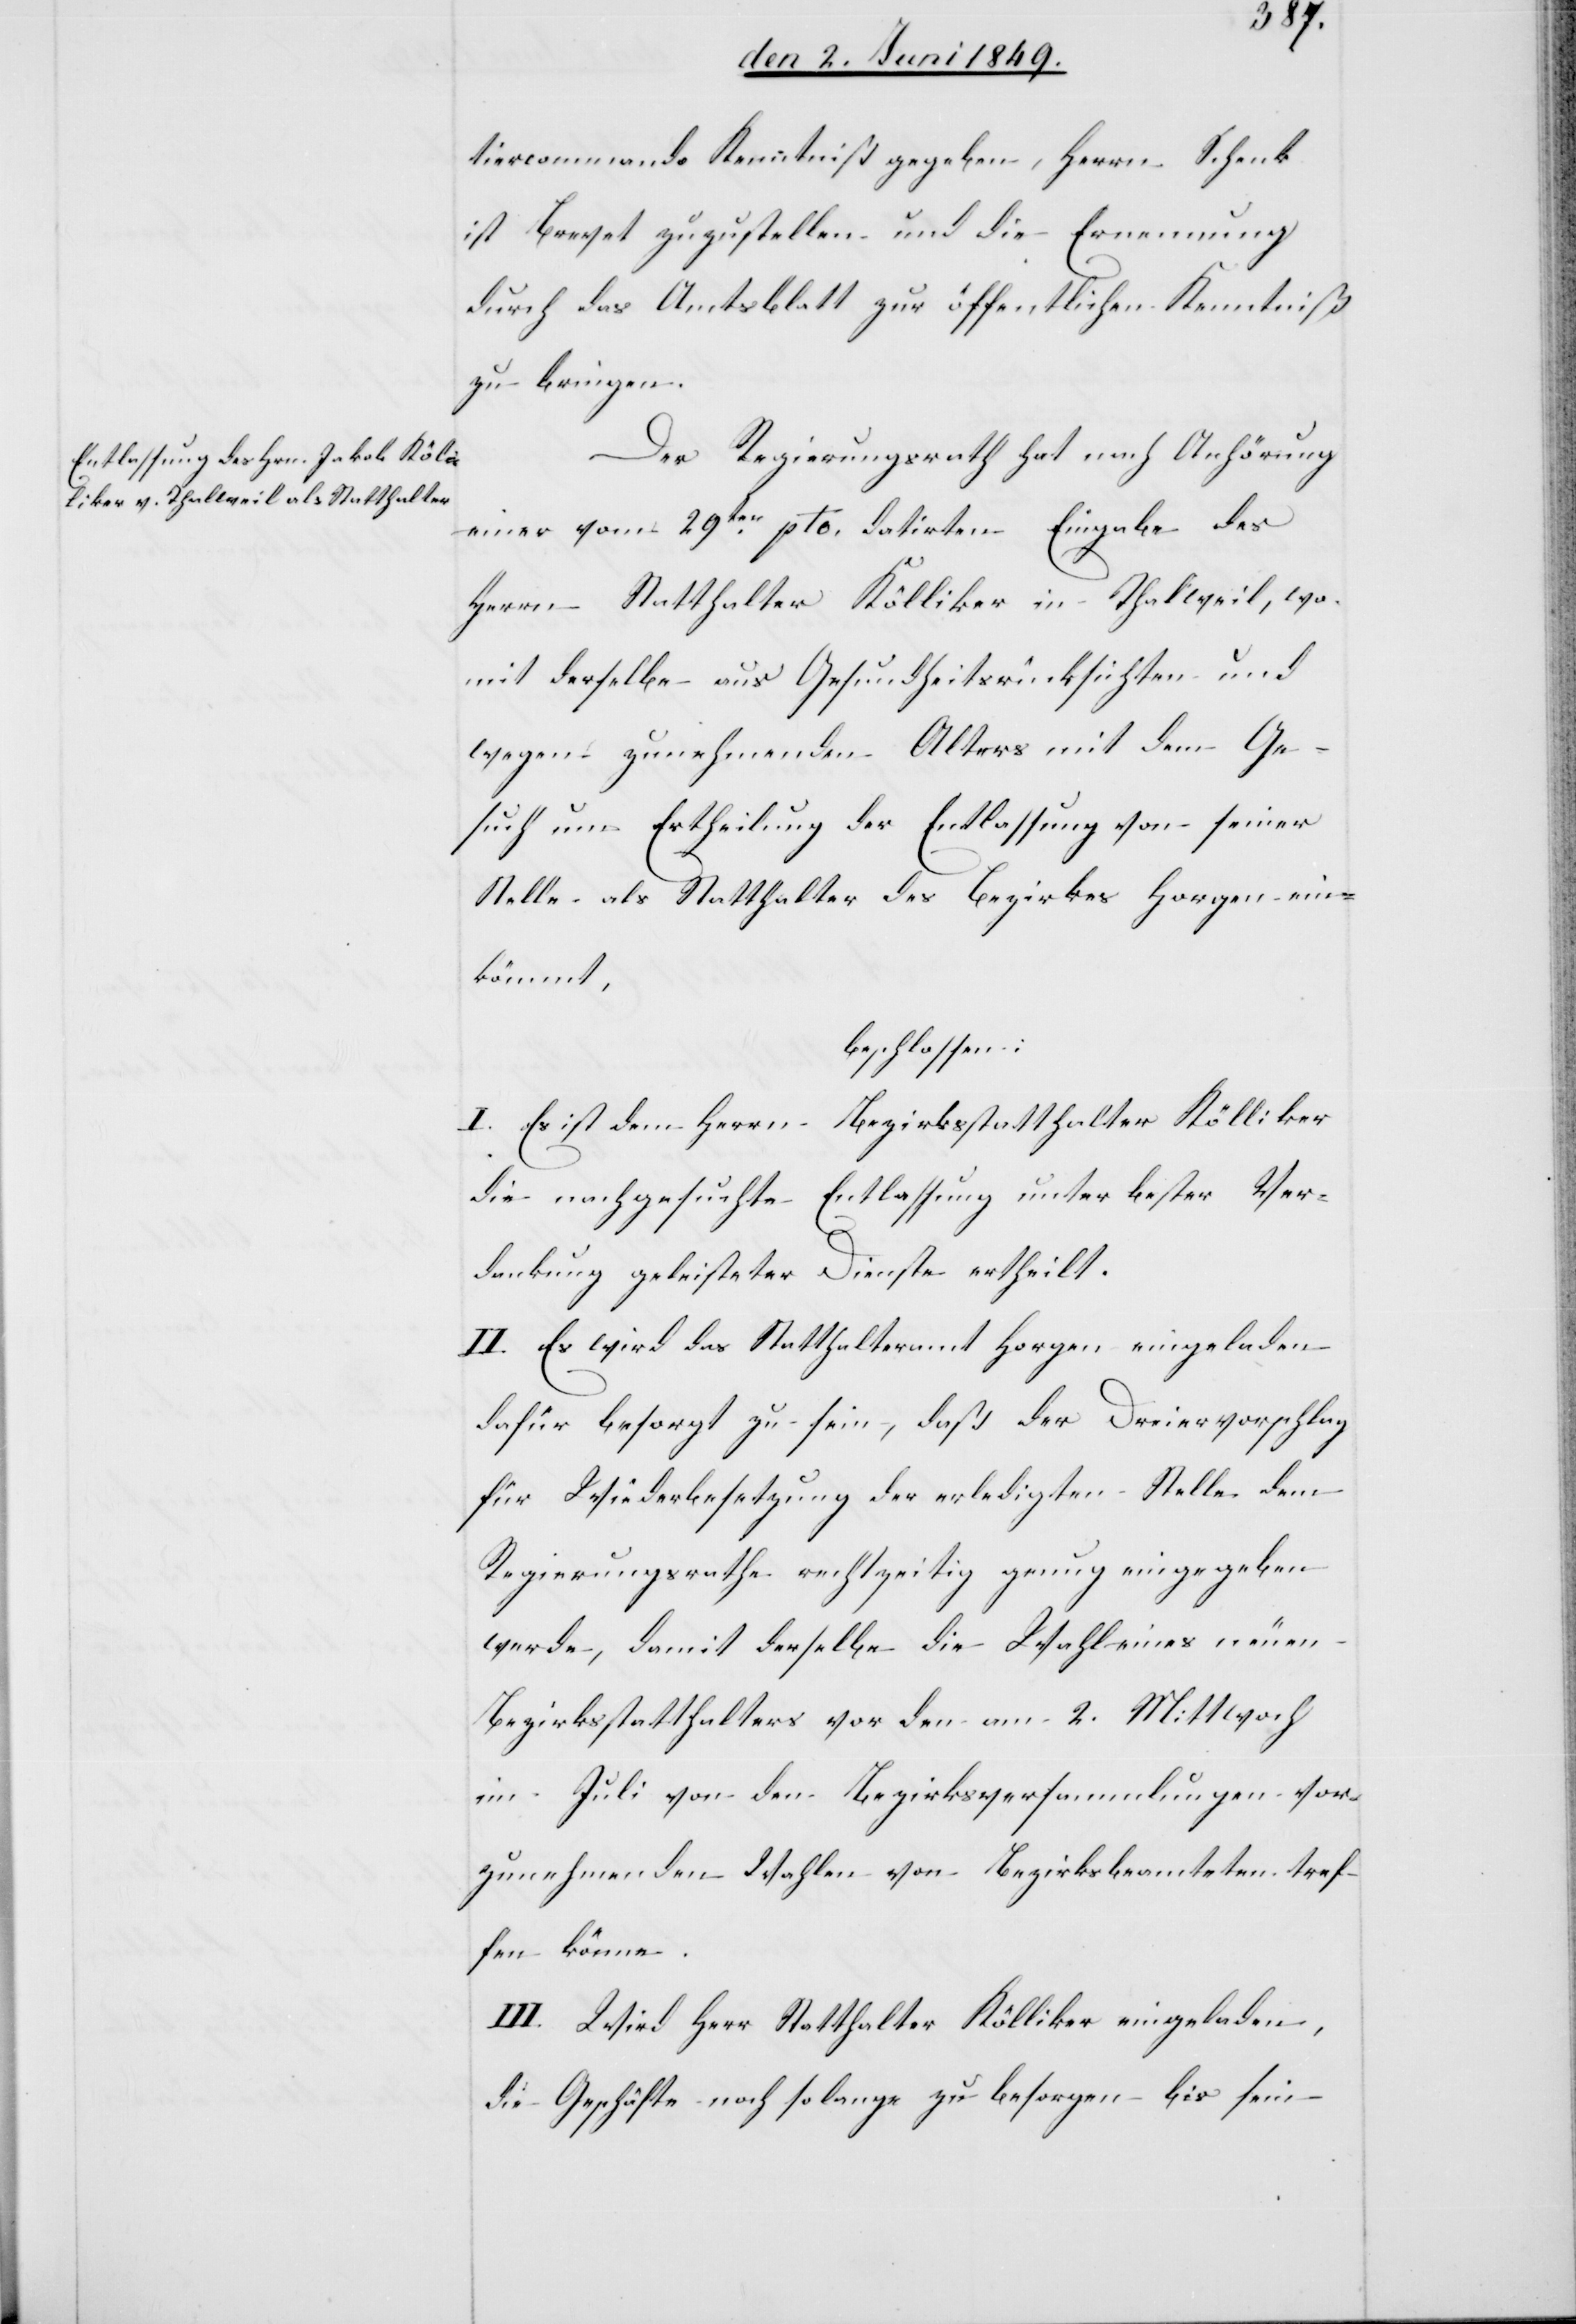
tiercommando Kenntniß gegeben, Herrn Schenk
ist Brevet zuzustellen und die Ernennung
durch das Amtsblatt zur öffentlichen Kenntniß
zu bringen.
Der Regierungsrath hat nach Anhörung
einer vom 29ten pto. datirten Eingabe des
Herrn Statthalter Kölliker in Thalweil, wo¬
mit derselbe aus Gesundheitsrücksichten und
wegen zunehmenden Alters mit dem Ge¬
such um Ertheilung der Entlassung von seiner
Stelle als Statthalter des Bezirkes Horgen ein¬
kömmt,
beschlossen:
I. Es ist dem Herrn Bezirksstatthalter Kölliker
die nachgesuchte Entlassung unter bester Ver¬
dankung geleisteter Dienste ertheilt.
II. Es wird das Statthalteramt Horgen eingeladen
dafür besorgt zu sein, daß der Dreiervorschlag
für Wiederbesetzung der erledigten Stelle dem
Regierungsrathe rechtzeitig genug eingegeben
werde, damit derselbe die Wahl eines neuen
Bezirksstatthalters vor den am 2. Mittwoch
im Juli von den Bezirksversammlungen vor¬
zunehmenden Wahlen von Bezirksbeamteten tref¬
fen könne.
III. Wird Herr Statthalter Kölliker eingeladen,
die Geschäfte noch so lange zu besorgen bis sein